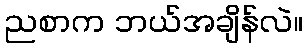
ညစာက ဘယ်အချိန်လဲ။